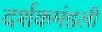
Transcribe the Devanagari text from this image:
दर्शकमंडली